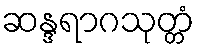
ဆန္ဒရာဂသုတ္တံ